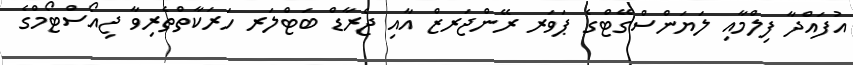
އުފައްދާ ފިލްމާއި ލަޔަންސްގޭޓްގެ ޕަވަރ ރޭންޖަރޒް އާއި ޖެރާޑް ބަޓްލަރ ހަރަކާތްތެރިވާ ޖިއޯސްޓޯމްގެ